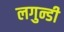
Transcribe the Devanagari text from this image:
लगुन्डी